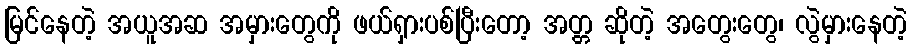
မြင်နေတဲ့ အယူအဆ အမှားတွေကို ဖယ်ရှားပစ်ပြီးတော့ အတ္တ ဆိုတဲ့ အတွေးတွေ၊ လွဲမှားနေတဲ့